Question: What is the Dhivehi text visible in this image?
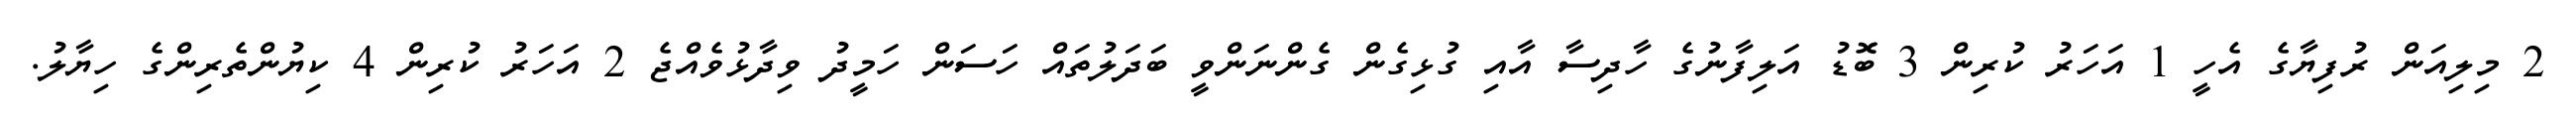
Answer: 2 މިލިއަން ރުފިޔާގެ އެހީ 1 އަހަރު ކުރިން 3 ބޮޑު އަލިފާނުގެ ހާދިސާ އާއި ގުޅިގެން ގެންނަންވީ ބަދަލުތައް ހަސަން ހަމީދު ވިދާޅުވެއްޖެ 2 އަހަރު ކުރިން 4 ކިޔުންތެރިންގެ ހިޔާލު.